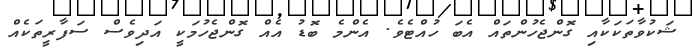
ޝަކުވާތަކަކާއި ގޮންޖެހުންތައް އެބަ ހުއްޓެވެ. އެންމެ ބޮޑު އެއް ގޮންޖެހުމަކީ އަދިވެސް ސަފާރީތަކެއް